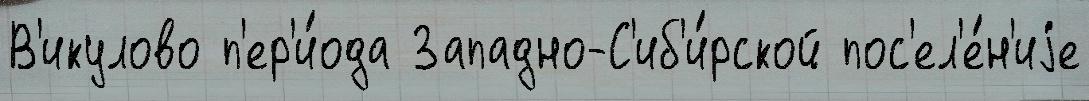
В'икулово п'ер'и́ода Западно-С'иб'и́рской пос'ел'е́н'иjе